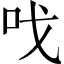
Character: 𠯫